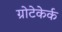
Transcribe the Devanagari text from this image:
ग्रोटेकेर्क